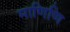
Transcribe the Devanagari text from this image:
माणिणि